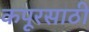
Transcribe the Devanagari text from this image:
कपूरसाठी